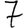
Digit: 7